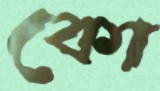
কো